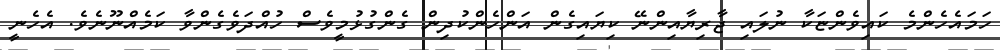
ހަމައެހެންމެ ކައިވެންޏަކާ ނުލައި ޖާރިޔާއިންނޭ ކިޔައިގެން އަންހެންކުދިން ގެންގުޅުމީވެސް ހުއްދަވެގެންވާ ކަމެއްނޫނެވެ. އެހެނީ